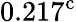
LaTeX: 0.217^{\mathrm{c}}